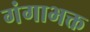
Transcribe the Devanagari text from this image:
गंगाभक्त